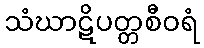
သံဃာဋိပတ္တစီဝရံ